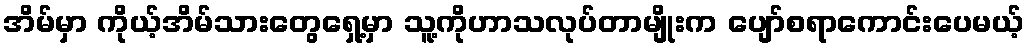
အိမ်မှာ ကိုယ့်အိမ်သားတွေရှေ့မှာ သူ့ကိုဟာသလုပ်တာမျိုးက ပျော်စရာကောင်းပေမယ့်